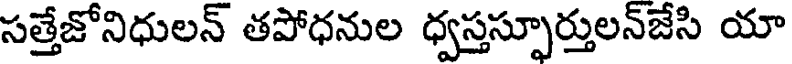
సత్తేజోనిధులన్ తపోధనుల ధ్వస్తస్పూర్తులన్జేసి యా